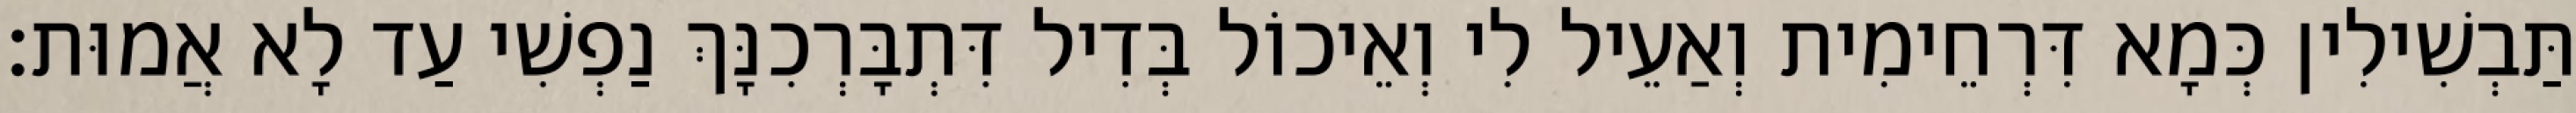
תַּבְשִׁילִין כְּמָא דִּרְחֵימִית וְאַעֵיל לִי וְאֵיכוֹל בְּדִיל דִּתְבָּרְכִנָּךְ נַפְשִׁי עַד לָא אֲמוּת׃